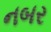
નબર